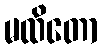
မထိတော